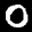
Label: 0